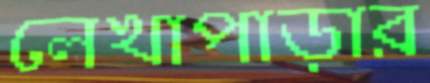
লেখাপাড়ার